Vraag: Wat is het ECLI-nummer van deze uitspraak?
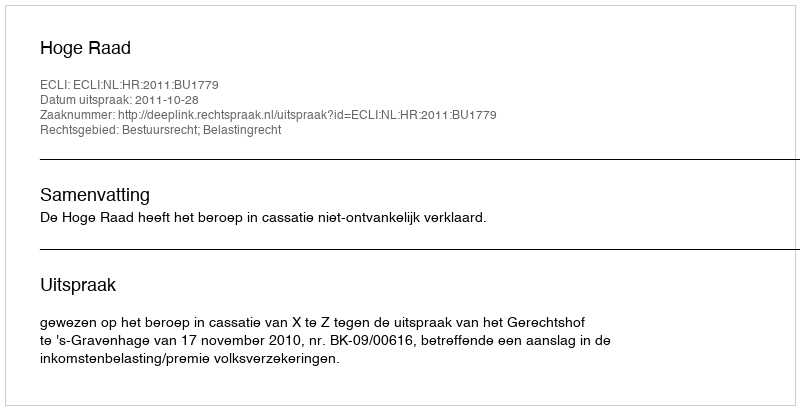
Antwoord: ECLI:NL:HR:2011:BU1779